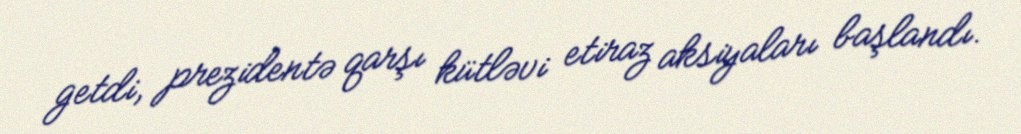
getdi, prezidentə qarşı kütləvi etiraz aksiyaları başlandı.